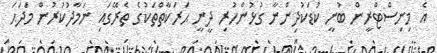
އެ މިނިސްޓްރީން ބުނީ ކުޑަކުދިންނާ ގުޅުންހުރި ދީނީ ޙަރަކާތްތަކުގެ ތެރޭގައި ނަމާދުކުރުން މަދަޙަ